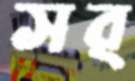
সর্